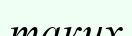
таких